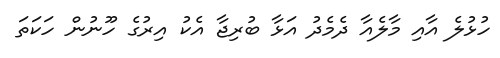
ހުޅުލެ އާއި މާލެއާ ދެމެދު އަޅާ ބުރިޖާ އެކު އިރުގެ ހޫނުން ހަކަތަ